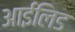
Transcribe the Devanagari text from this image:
आईलिड